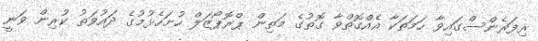
ރިފަރެންސްގައިވާ ހަމަތަކާ އެއްގޮތްވާ ގޮތުގެ މަތިން ޕްރޮޕޯޒަލް ހުށަހެޅުމުގެ ދައުވަތު ކުރިން ވަނީ